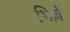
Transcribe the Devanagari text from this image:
भिल्ले